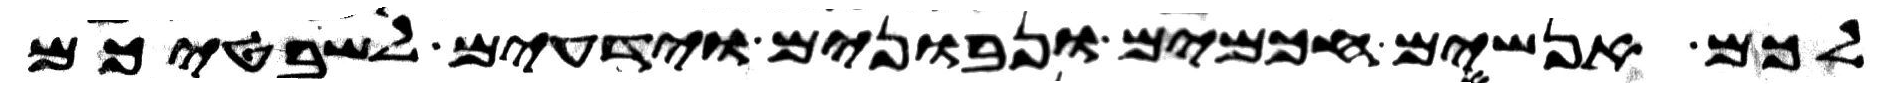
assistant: לכם אנשים חכמים ונבונים וידעים לשבטיכם